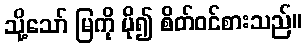
သို့သော် မြကို ပို၍ စိတ်ဝင်စားသည်။